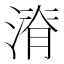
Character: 𱨄